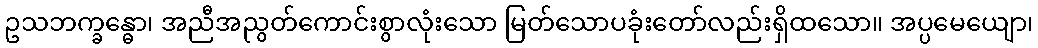
ဥသဘက္ခန္ဓော၊ အညီအညွတ်ကောင်းစွာလုံးသော မြတ်သောပခုံးတော်လည်းရှိထသော။ အပ္ပမေယျော၊